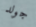
جولد